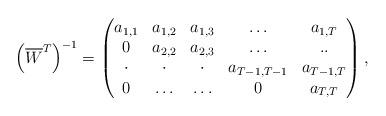
LaTeX: \begin{align*} \left(\overline W^T\right)^{-1}=\begin{pmatrix}a_{1,1} & a_{1,2} & a_{1,3}& \ldots & a_{1,T} \\0 & a_{2,2} & a_{2,3} &\ldots &..\\\cdot & \cdot & \cdot & a_{T-1,T-1} & a_{T-1,T} \\0 &\ldots &\ldots & 0 & a_{T,T}\end{pmatrix},\end{align*}